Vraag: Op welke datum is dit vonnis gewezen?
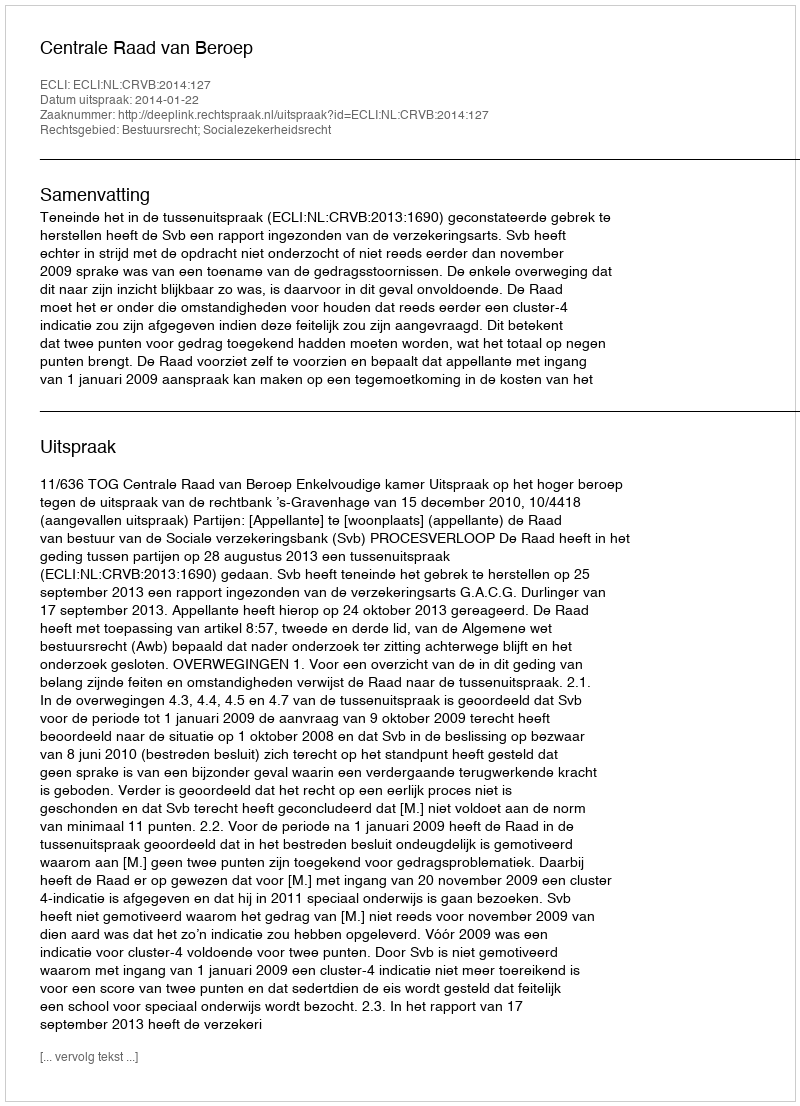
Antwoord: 2014-01-22